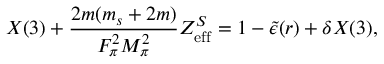
X ( 3 ) + \frac { 2 m ( m _ { s } + 2 m ) } { F _ { \pi } ^ { 2 } M _ { \pi } ^ { 2 } } Z _ { \mathrm { e f f } } ^ { S } = 1 - \tilde { \epsilon } ( r ) + \delta X ( 3 ) ,